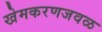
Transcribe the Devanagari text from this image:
खेमकरणजवळ